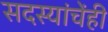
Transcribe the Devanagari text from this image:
सदस्यांचेंही